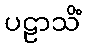
ပဠာသိံ